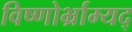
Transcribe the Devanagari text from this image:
विष्णोर्भ्राम्यद्